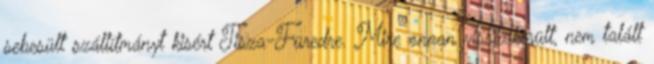
sebesült szállítmányt kisért Tisza-Füredre. Mire onnan visszakerült, nem talált